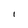
Character: I